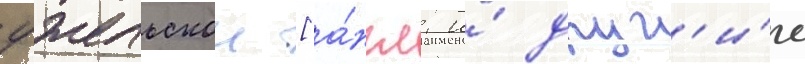
уэльскои [а́нгл. и́ друг'и́е